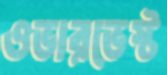
ওভারভেস্ট